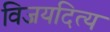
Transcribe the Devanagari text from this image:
विजयदित्य